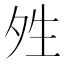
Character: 夝